Malaria in India - Number 2
Disease focus: Malaria
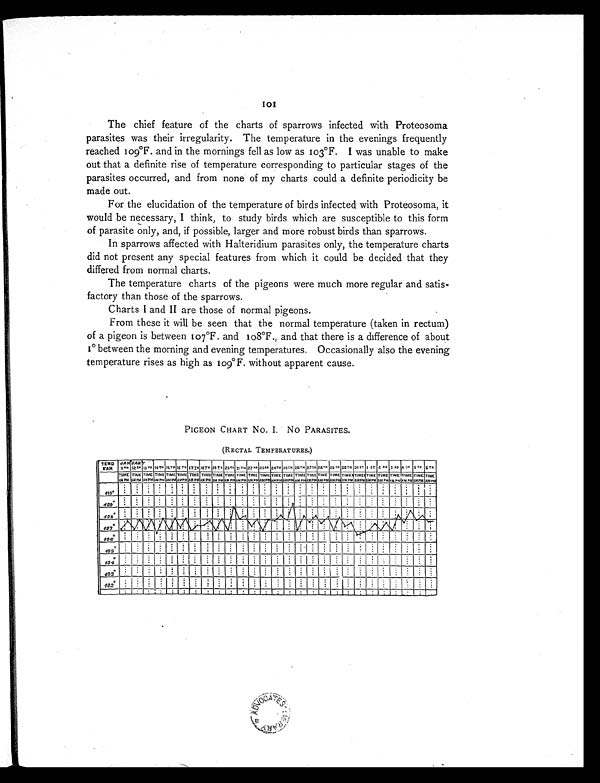
101
The chief feature of the charts of sparrows infected with Proteosoma
parasites was their irregularity. The temperature in the evenings frequently
reached 109°F. and in the mornings fell as low as 103°F. I was unable to make
out that a definite rise of temperature corresponding to particular stages of the
parasites occurred, and from none of my charts could a definite periodicity be
made out.
For the elucidation of the temperature of birds infected with Proteosoma, it
would be necessary, I think, to study birds which are susceptible to this form
of parasite only, and, if possible, larger and more robust birds than sparrows.
In sparrows affected with Halteridium parasites only, the temperature charts
did not present any special features from which it could be decided that they
differed from normal charts.
The temperature charts of the pigeons were much more regular and satis-
factory than those of the sparrows.
Charts I and II are those of normal pigeons.
From these it will be seen that the normal temperature (taken in rectum)
of a pigeon is between 107°F. and 108°F., and that there is a difference of about
between the morning and evening temperatures. Occasionally also the evening
temperature rises as high as 109°F. without apparent cause.
PIGEON CHART No. I. No PARASITES.
(RECTAL TEMPERATURES.)